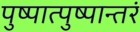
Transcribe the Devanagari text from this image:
पुष्पात्पुष्पान्तरं